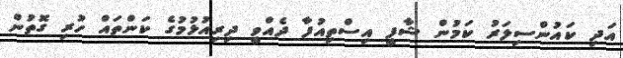
އަދި ކައުންސިލަރު ކަމުން ޝާފީ އިސްތިއުފާ ދެއްވީ ދިރިއުޅުމުގެ ކަންތައް ހުރި ގޮތުން